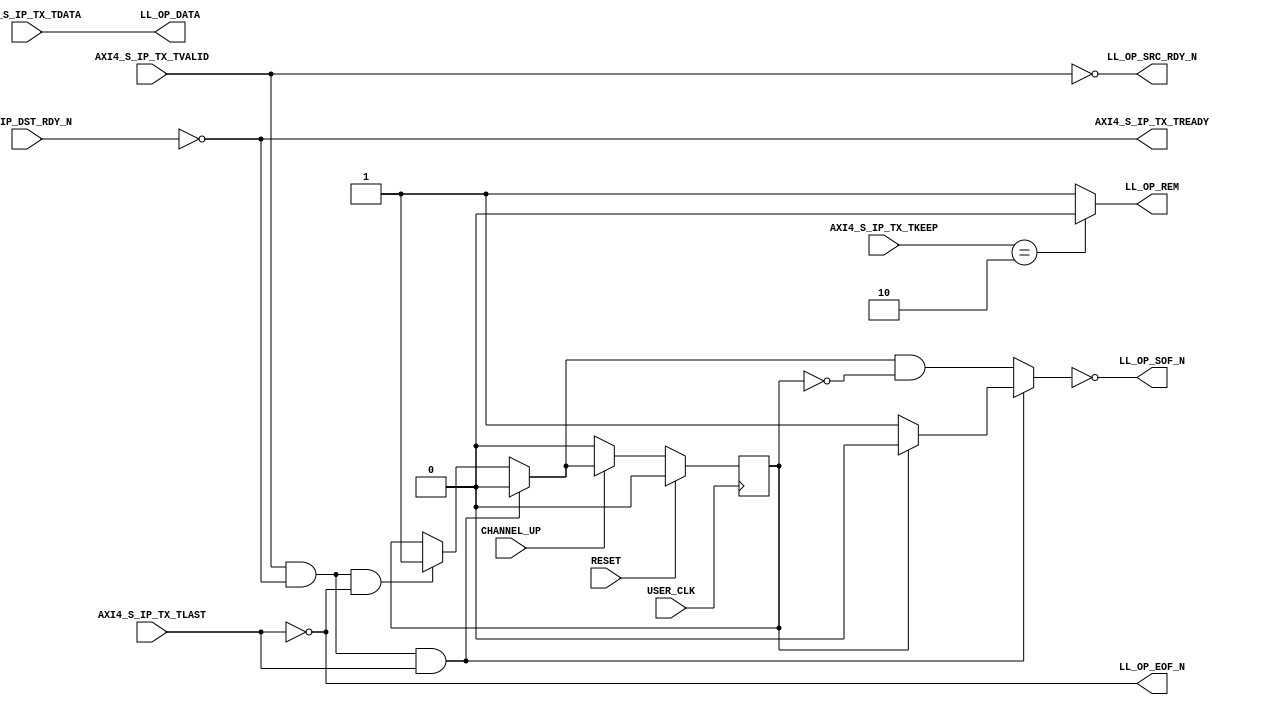
///////////////////////////////////////////////////////////////////////////////
// (c) Copyright 2010 Xilinx, Inc. All rights reserved.
//
// This file contains confidential and proprietary information
// of Xilinx, Inc. and is protected under U.S. and
// international copyright and other intellectual property
// laws.
//
// DISCLAIMER
// This disclaimer is not a license and does not grant any
// rights to the materials distributed herewith. Except as
// otherwise provided in a valid license issued to you by
// Xilinx, and to the maximum extent permitted by applicable
// law: (1) THESE MATERIALS ARE MADE AVAILABLE "AS IS" AND
// WITH ALL FAULTS, AND XILINX HEREBY DISCLAIMS ALL WARRANTIES
// AND CONDITIONS, EXPRESS, IMPLIED, OR STATUTORY, INCLUDING
// BUT NOT LIMITED TO WARRANTIES OF MERCHANTABILITY, NON-
// INFRINGEMENT, OR FITNESS FOR ANY PARTICULAR PURPOSE; and
// (2) Xilinx shall not be liable (whether in contract or tort,
// including negligence, or under any other theory of
// liability) for any loss or damage of any kind or nature
// related to, arising under or in connection with these
// materials, including for any direct, or any indirect,
// special, incidental, or consequential loss or damage
// (including loss of data, profits, goodwill, or any type of
// loss or damage suffered as a result of any action brought
// by a third party) even if such damage or loss was
// reasonably foreseeable or Xilinx had been advised of the
// possibility of the same.
//
// CRITICAL APPLICATIONS
// Xilinx products are not designed or intended to be fail-
// safe, or for use in any application requiring fail-safe
// performance, such as life-support or safety devices or
// systems, Class III medical devices, nuclear facilities,
// applications related to the deployment of airbags, or any
// other applications that could lead to death, personal
// injury, or severe property or environmental damage
// (individually and collectively, "Critical
// Applications"). Customer assumes the sole risk and
// liability of any use of Xilinx products in Critical
// Applications, subject only to applicable laws and
// regulations governing limitations on product liability.
//
// THIS COPYRIGHT NOTICE AND DISCLAIMER MUST BE RETAINED AS
// PART OF THIS FILE AT ALL TIMES.
//
//
///////////////////////////////////////////////////////////////////////////////
//
//  AXI_TO_LL
//
//
//  Description: This light wrapper/shim convertes Legacy LocalLink interface
//               signals from AXI-4 Stream protocol signals
//
//
///////////////////////////////////////////////////////////////////////////////

`timescale 1 ns/1 ps
(* core_generation_info = "aurora_8b10b_gtx7,aurora_8b10b_v8_3,{user_interface=AXI_4_Streaming,backchannel_mode=Sidebands,c_aurora_lanes=1,c_column_used=left,c_gt_clock_1=GTXQ0,c_gt_clock_2=None,c_gt_loc_1=X,c_gt_loc_10=X,c_gt_loc_11=X,c_gt_loc_12=X,c_gt_loc_13=X,c_gt_loc_14=X,c_gt_loc_15=X,c_gt_loc_16=X,c_gt_loc_17=X,c_gt_loc_18=X,c_gt_loc_19=X,c_gt_loc_2=1,c_gt_loc_20=X,c_gt_loc_21=X,c_gt_loc_22=X,c_gt_loc_23=X,c_gt_loc_24=X,c_gt_loc_25=X,c_gt_loc_26=X,c_gt_loc_27=X,c_gt_loc_28=X,c_gt_loc_29=X,c_gt_loc_3=X,c_gt_loc_30=X,c_gt_loc_31=X,c_gt_loc_32=X,c_gt_loc_33=X,c_gt_loc_34=X,c_gt_loc_35=X,c_gt_loc_36=X,c_gt_loc_37=X,c_gt_loc_38=X,c_gt_loc_39=X,c_gt_loc_4=X,c_gt_loc_40=X,c_gt_loc_41=X,c_gt_loc_42=X,c_gt_loc_43=X,c_gt_loc_44=X,c_gt_loc_45=X,c_gt_loc_46=X,c_gt_loc_47=X,c_gt_loc_48=X,c_gt_loc_5=X,c_gt_loc_6=X,c_gt_loc_7=X,c_gt_loc_8=X,c_gt_loc_9=X,c_lane_width=2,c_line_rate=62500,c_nfc=false,c_nfc_mode=IMM,c_refclk_frequency=125000,c_simplex=false,c_simplex_mode=TX,c_stream=false,c_ufc=false,flow_mode=None,interface_mode=Framing,dataflow_config=Duplex}" *)
module aurora_8b10b_gtx7_AXI_TO_LL #
(
    parameter            DATA_WIDTH         = 16, // DATA bus width
    parameter            STRB_WIDTH         = 2, // STROBE bus width
    parameter            REM_WIDTH          = 1 // REM bus width
)
(

    // AXI4-S input signals
    AXI4_S_IP_TX_TVALID,
    AXI4_S_IP_TX_TREADY,
    AXI4_S_IP_TX_TDATA,
    AXI4_S_IP_TX_TKEEP,
    AXI4_S_IP_TX_TLAST,

    // LocalLink output Interface
    LL_OP_DATA,
    LL_OP_SOF_N,
    LL_OP_EOF_N,
    LL_OP_REM,
    LL_OP_SRC_RDY_N,
    LL_IP_DST_RDY_N,

    // System Interface
    USER_CLK,
    RESET, 
    CHANNEL_UP

);

`define DLY #1

//***********************************Port Declarations*******************************

    // AXI4-Stream Interface
    input   [0:(DATA_WIDTH-1)]     AXI4_S_IP_TX_TDATA;
    input   [0:(STRB_WIDTH-1)]     AXI4_S_IP_TX_TKEEP;
    input                          AXI4_S_IP_TX_TVALID;
    input                          AXI4_S_IP_TX_TLAST;
    output                         AXI4_S_IP_TX_TREADY;

    // LocalLink TX Interface
    output    [0:(DATA_WIDTH-1)]   LL_OP_DATA;
    output    [0:(REM_WIDTH-1)]    LL_OP_REM;
    output                         LL_OP_SRC_RDY_N;
    output                         LL_OP_SOF_N;
    output                         LL_OP_EOF_N;
    input                          LL_IP_DST_RDY_N;

    // System Interface
    input                          USER_CLK;
    input                          RESET;
    input                          CHANNEL_UP;


    reg                            new_pkt_r;

    wire                           new_pkt;

//*********************************Main Body of Code**********************************

   assign AXI4_S_IP_TX_TREADY = !LL_IP_DST_RDY_N;
   assign LL_OP_DATA = AXI4_S_IP_TX_TDATA;
   assign LL_OP_SRC_RDY_N = !AXI4_S_IP_TX_TVALID;
   assign LL_OP_EOF_N = !AXI4_S_IP_TX_TLAST;
   assign LL_OP_REM = (AXI4_S_IP_TX_TKEEP == 2'b10) ? 1'b0 : 1'b1;
   assign new_pkt = ( AXI4_S_IP_TX_TVALID && AXI4_S_IP_TX_TREADY && AXI4_S_IP_TX_TLAST ) ? 1'b0 : ((AXI4_S_IP_TX_TVALID && AXI4_S_IP_TX_TREADY && !AXI4_S_IP_TX_TLAST ) ? 1'b1 : new_pkt_r);
  
   assign LL_OP_SOF_N  = ~ ( ( AXI4_S_IP_TX_TVALID && AXI4_S_IP_TX_TREADY && AXI4_S_IP_TX_TLAST ) ? ((new_pkt_r) ? 1'b0 : 1'b1) : (new_pkt && (!new_pkt_r)));

always @ (posedge USER_CLK)
begin
  if(RESET)
    new_pkt_r <= `DLY 1'b0;
  else if(CHANNEL_UP)
    new_pkt_r <= `DLY new_pkt;
  else
    new_pkt_r <= `DLY 1'b0;
end

endmodule